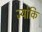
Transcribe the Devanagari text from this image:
ज्योकि